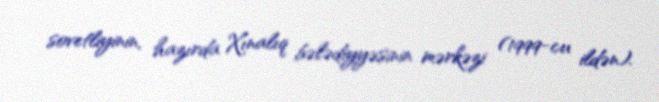
sovetliyinin, hazırda Xınalıq bələdiyyəsinin mərkəzi (1999-cu ildən).